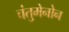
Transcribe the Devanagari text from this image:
चंतुमेनोन